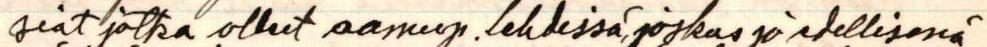
siat jotka olleet aamup. lehdissä, joskus jo edellisenä